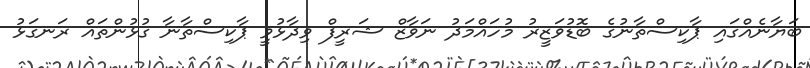
ބަޔާނެއްގައި ޕާކިސްތާނުގެ ބޮޑުވަޒީރު މުހައްމަދު ނަވާޒް ޝަރީފް ވިދާޅުވީ ޕާކިސްތާނާ ގުޅުންތައް ރަނގަޅު